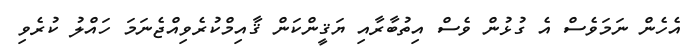
އެހެން ނަމަވެސް އެ ގުޅުން ވެސް އިތުބާރާއި ޔަޤީންކަން ޤާއިމްކުރެވިއްޖެނަމަ ހައްލު ކުރެވި